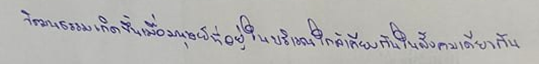
วัฒนธรรมเกิดขึ้นเมื่อมนุษย์ที่อยู่ในบริเวณใกล้เคียงกันในสังคมเดียวกัน